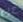
عن